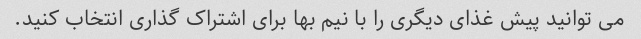
می توانید پیش غذای دیگری را با نیم بها برای اشتراک گذاری انتخاب کنید.